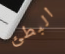
البطئ